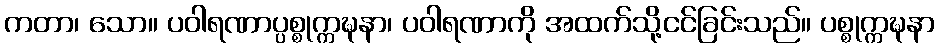
ကတာ၊ သော။ ပဝါရဏာပ္ပစ္စုက္ကဍ္ဎနာ၊ ပဝါရဏာကို အထက်သို့ငင်ခြင်းသည်။ ပစ္စုက္ကဍ္ဎနာ